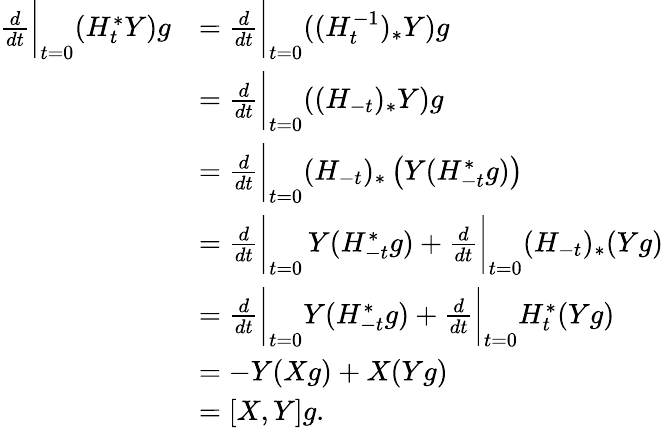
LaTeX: \begin{array}{rl}{\frac{d}{dt}\bigg\vert_{t=0}(H_{t}^{*}Y)g}&{=\frac{d}{dt}\bigg\vert_{t=0}((H_{t}^{-1})_{*}Y)g}\\ &{=\frac{d}{dt}\bigg\vert_{t=0}((H_{-t})_{*}Y)g}\\ &{=\frac{d}{dt}\bigg\vert_{t=0}(H_{-t})_{*}\left(Y(H_{-t}^{*}g)\right)}\\ &{=\frac{d}{dt}\bigg\vert_{t=0}\, Y(H_{-t}^{*}g)+\frac{d}{dt}\bigg\vert_{t=0}(H_{-t})_{*}(Yg)}\\ &{=\frac{d}{dt}\bigg\vert_{t=0}Y(H_{-t}^{*}g)+\frac{d}{dt}\bigg\vert_{t=0}H_{t}^{*}(Yg)}\\ &{=-Y(Xg)+X(Yg)}\\ &{=[X,Y]g.}\end{array}